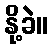
နို့ခဲ။